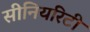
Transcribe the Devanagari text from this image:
सीनियरिटी